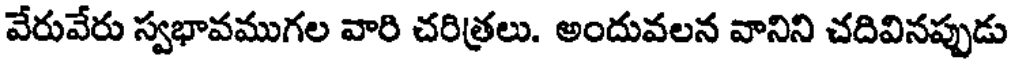
వేరువేరు స్వభావముగల వారి చరిత్రలు. అందువలన వానిని చదివినప్పుడు